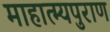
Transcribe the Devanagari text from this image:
माहात्म्यपुराण